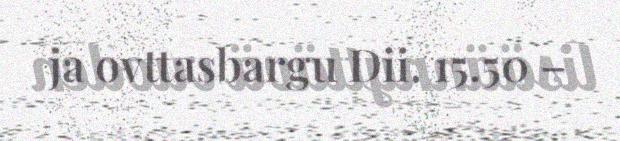
ja ovttasbargu Dii. 15.50 –